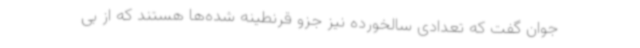
جوان گفت که تعدادی سالخورده نیز جزو قرنطینه شده‌ها هستند که از بی